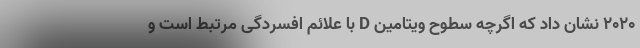
2020 نشان داد که اگرچه سطوح ویتامین D با علائم افسردگی مرتبط است و